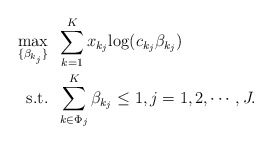
\begin{align*}\max_{\{\beta_{k_j}\}} &\;\; \sum_{k=1}^K x_{k_j}{\log(c_{k_j} \beta_{k_j} )} \\\mbox{s.t.} &\;\; \sum_{k \in \Phi_j}^K \beta_{k_j} \leq 1, j=1,2,\cdots,J. \end{align*}